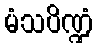
မံသပိဏ္ဍံ